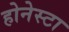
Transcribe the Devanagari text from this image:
होनेस्टा